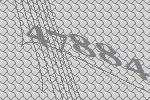
47884